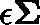
\epsilon \mathbf { \Sigma }